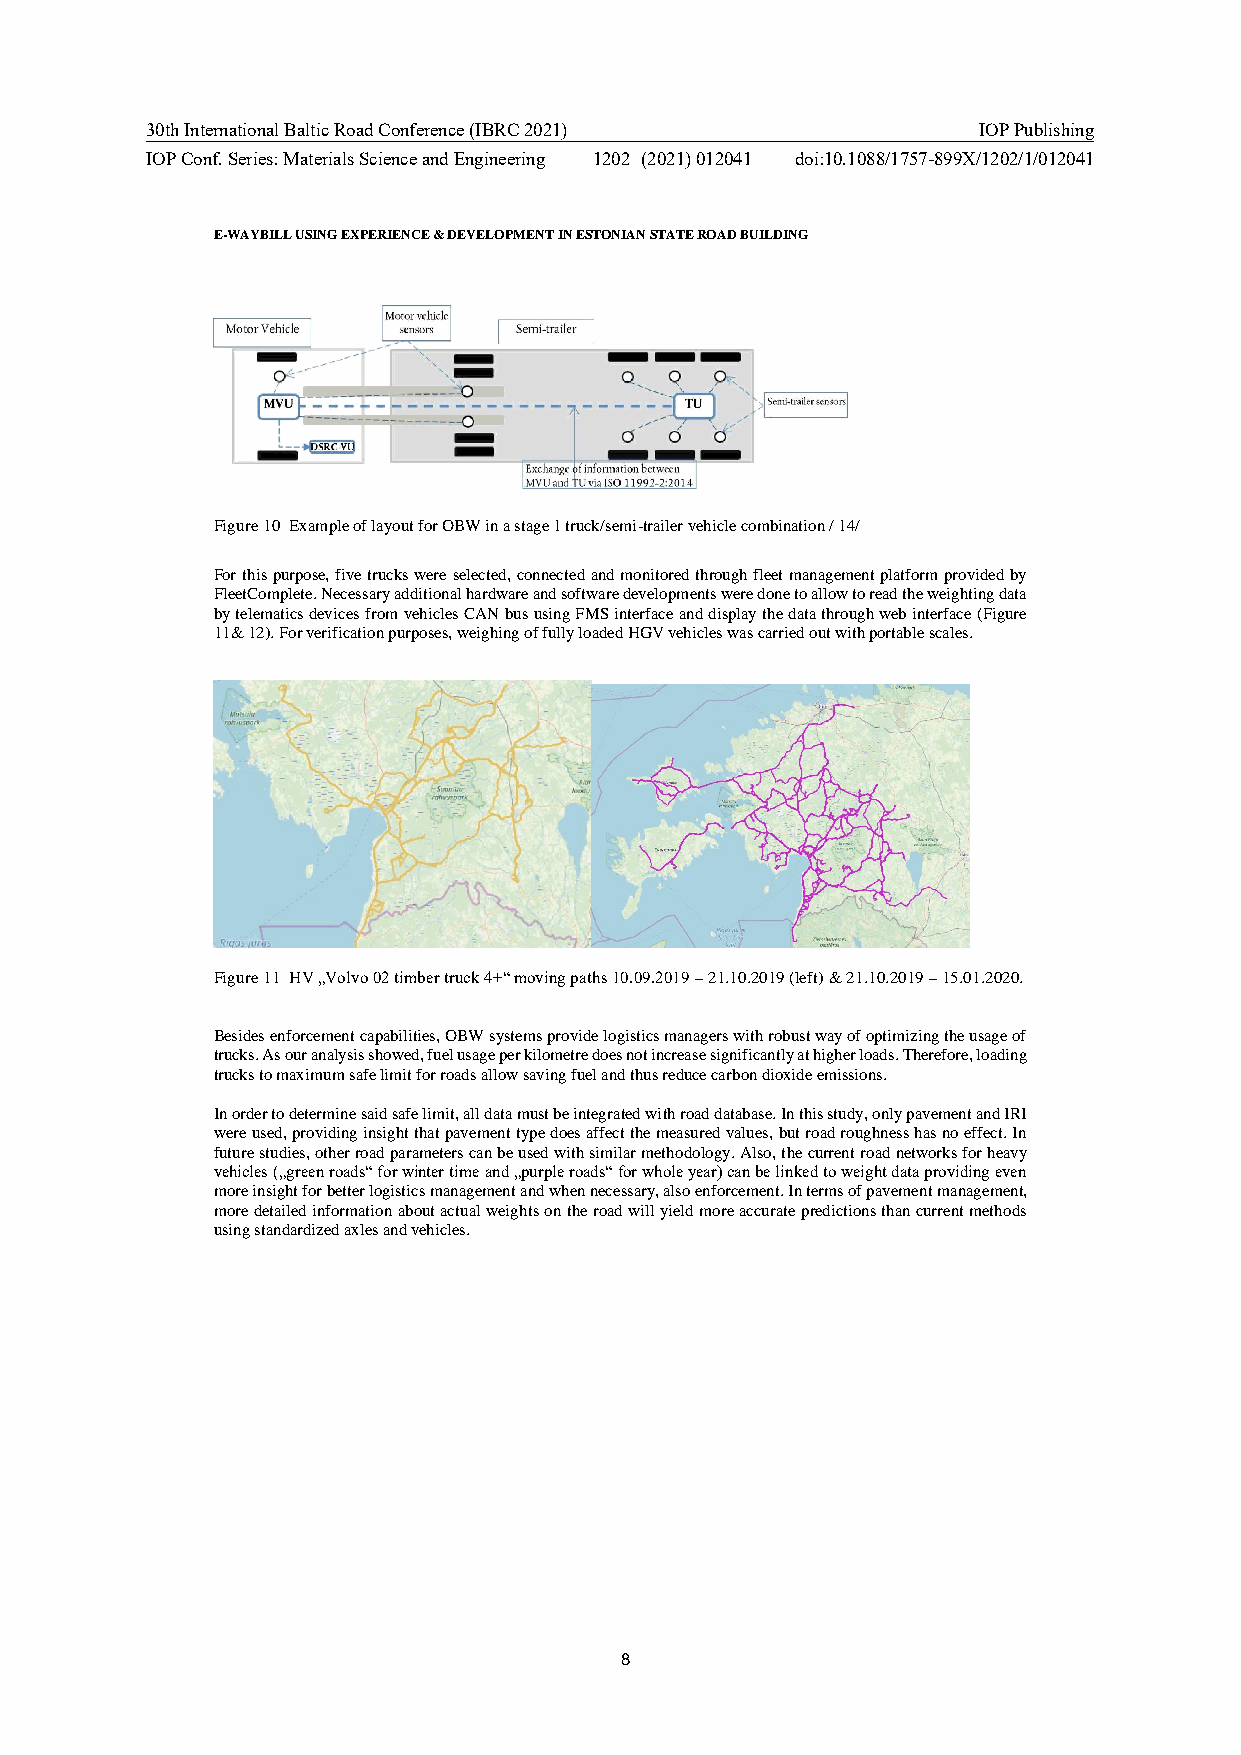
30th International Baltic Road Conference (IBRC 2021)  IOP Publishing
 IOP Conf. Series: Materials Science and Engineering 1202 (2021) 012041 doi:10.1088/1757-899X/1202/1/012041
 E-WAYBILL USING EXPERIENCE & DEVELOPMENT IN ESTONIAN STATE ROAD BUILDING
 Figure 10 Example of layout for OBW in a stage 1 truck/semi-trailer vehicle combination / 14/
 For this purpose, five trucks were selected, connected and monitored through fleet management platform provided by
 FleetComplete. Necessary additional hardware and software developments were done to allow to read the weighting data
 by telematics devices from vehicles CAN bus using FMS interface and display the data through web interface (Figure
 11& 12). For verification purposes, weighing of fully loaded HGV vehicles was carried out with portable scales.
 Figure 11 HV „Volvo 02 timber truck 4+“ moving paths 10.09.2019 – 21.10.2019 (left) & 21.10.2019 – 15.01.2020.
 Besides enforcement capabilities, OBW systems provide logistics managers with robust way of optimizing the usage of
 trucks. As our analysis showed, fuel usage per kilometre does not increase significantly at higher loads. Therefore, loading
 trucks to maximum safe limit for roads allow saving fuel and thus reduce carbon dioxide emissions.
 In order to determine said safe limit, all data must be integrated with road database. In this study, only pavement and IRI
 were used, providing insight that pavement type does affect the measured values, but road roughness has no effect. In
 future studies, other road parameters can be used with similar methodology. Also, the current road networks for heavy
 vehicles („green roads“ for winter time and „purple roads“ for whole year) can be linked to weight data providing even
 more insight for better logistics management and when necessary, also enforcement. In terms of pavement management,
 more detailed information about actual weights on the road will yield more accurate predictions than current methods
 using standardized axles and vehicles.
 8